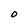
Character: O